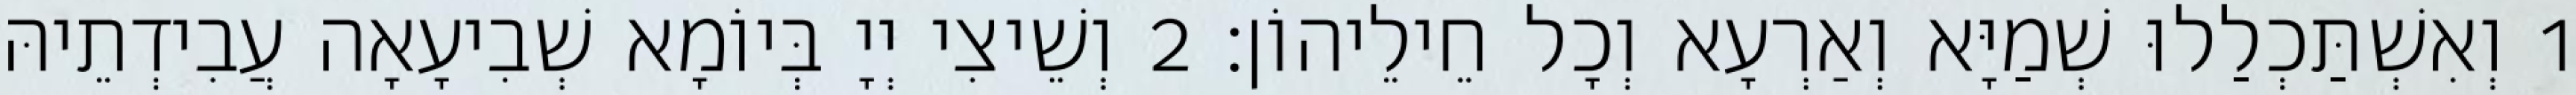
1 וְאִשְׁתַּכְלַלוּ שְׁמַיָּא וְאַרְעָא וְכָל חֵילֵיהוֹן׃ 2 וְשֵׁיצִי יְיָ בְּיוֹמָא שְׁבִיעָאָה עֲבִידְתֵיהּ